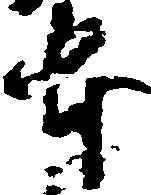
本